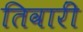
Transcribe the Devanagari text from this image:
तिवारीं